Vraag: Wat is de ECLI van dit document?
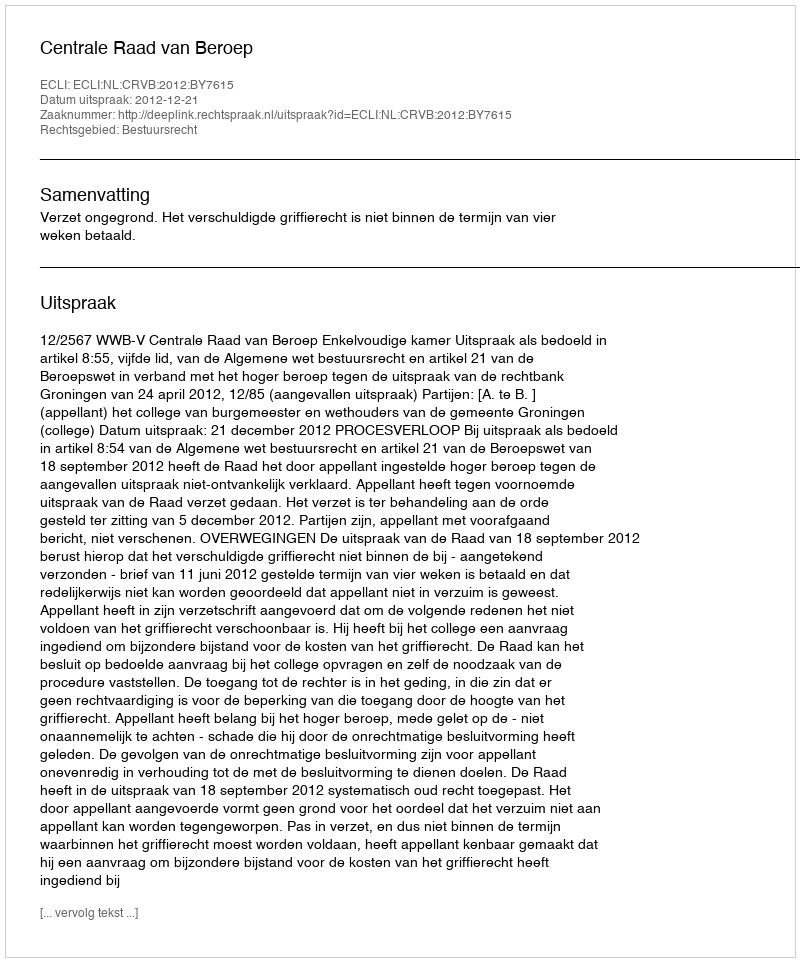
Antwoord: ECLI:NL:CRVB:2012:BY7615